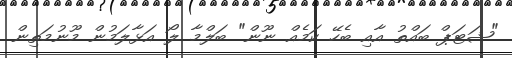
"ޝަޓަޕް ބައްތު އާއި ބެހޭ ކަމެއް ނޫން" ބަލްމާ ލޯ އަޅާލަމުން މޫނުމަތިން